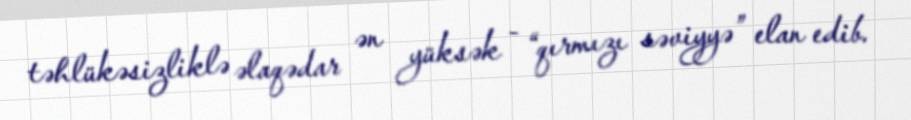
təhlükəsizliklə əlaqədar ən yüksək - “qırmızı səviyyə” elan edib.